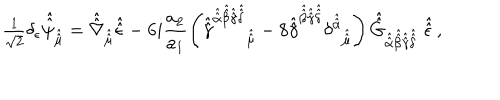
{ \textstyle \frac { 1 } { \sqrt { 2 } } } \delta _ { \epsilon } \hat { \hat { \psi } } _ { \hat { \hat { \mu } } } = \hat { \hat { \nabla } } _ { \hat { \hat { \mu } } } \hat { \hat { \epsilon } } - 6 i \frac { a _ { 2 } } { a _ { 1 } } \left( \hat { \hat { \gamma } } ^ { \hat { \hat { \alpha } } \hat { \hat { \beta } } \hat { \hat { \gamma } } \hat { \hat { \delta } } } { } _ { \hat { \hat { \mu } } } - 8 \hat { \hat { \gamma } } ^ { \hat { \hat { \beta } } \hat { \hat { \gamma } } \hat { \hat { \delta } } } \delta ^ { \hat { \hat { \alpha } } } { } _ { \hat { \hat { \mu } } } \right) \hat { \hat { G } } _ { \hat { \hat { \alpha } } \hat { \hat { \beta } } \hat { \hat { \gamma } } \hat { \hat { \delta } } } \ \hat { \hat { \epsilon } } \, ,